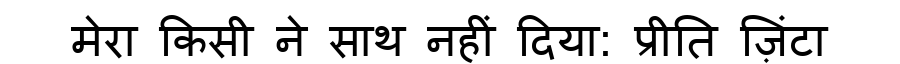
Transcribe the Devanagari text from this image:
मेरा किसी ने साथ नहीं दिया: प्रीति ज़िंटा